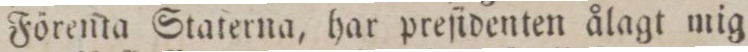
Förenta Staterna, har preſidenten ålagt mig